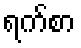
ရက်စာ